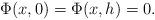
LaTeX: \begin{align*}\Phi(x,0)=\Phi(x, h)=0.\end{align*}